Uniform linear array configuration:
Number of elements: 12
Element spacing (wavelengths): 0.5
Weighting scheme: hann
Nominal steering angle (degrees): -30
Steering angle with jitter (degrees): -28.476
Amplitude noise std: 0.05
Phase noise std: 0.05

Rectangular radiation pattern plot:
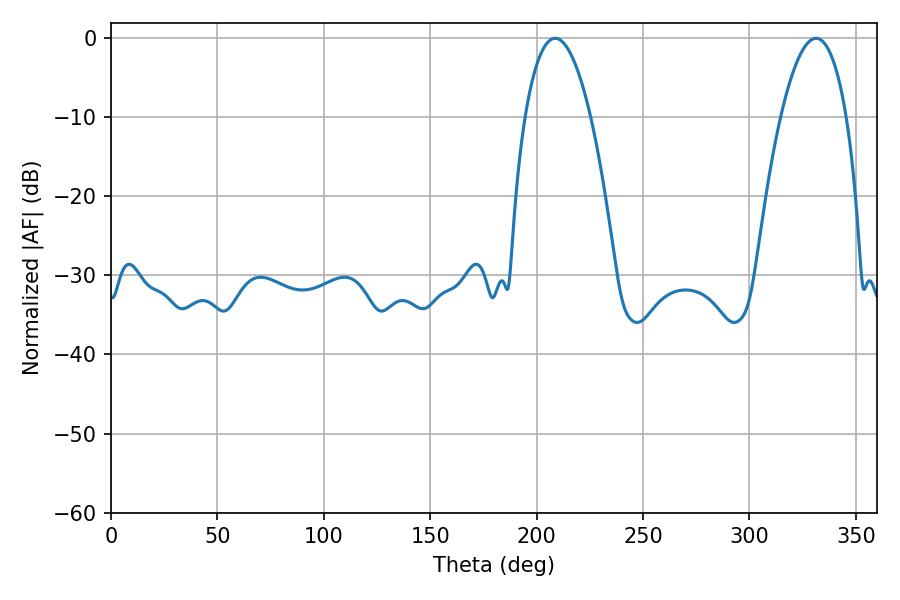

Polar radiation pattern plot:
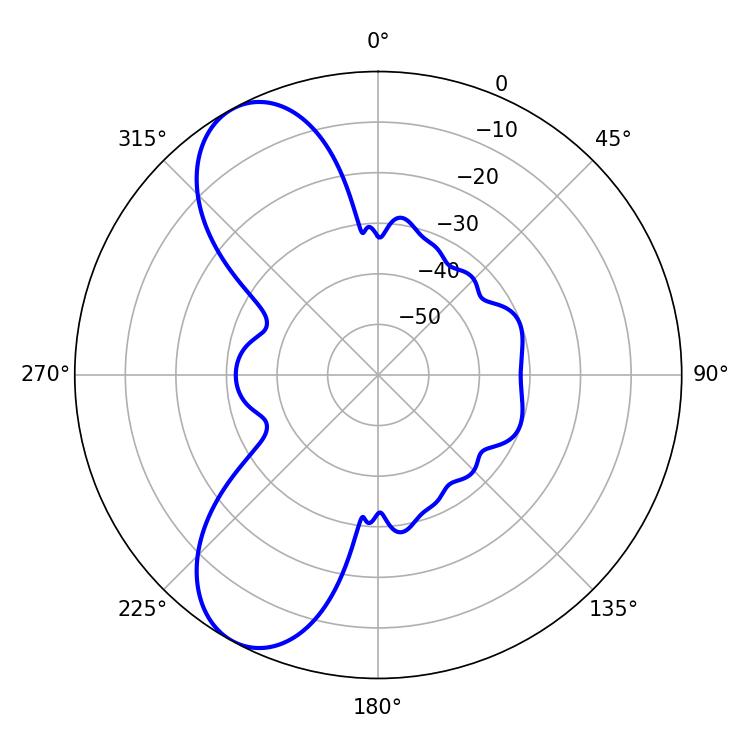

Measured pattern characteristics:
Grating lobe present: FALSE
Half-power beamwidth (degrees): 17.1
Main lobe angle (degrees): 208.62